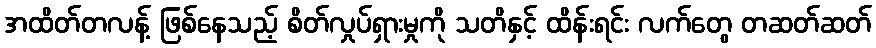
အထိတ်တလန့် ဖြစ်နေသည့် စိတ်လှုပ်ရှားမှုကို သတိနှင့် ထိန်းရင်း လက်တွေ တဆတ်ဆတ်